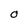
Character: O